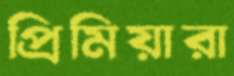
প্রিমিয়ারা